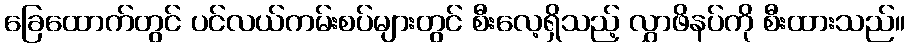
ခြေထောက်တွင် ပင်လယ်ကမ်းစပ်များတွင် စီးလေ့ရှိသည့် လွှာဖိနပ်ကို စီးထားသည်။